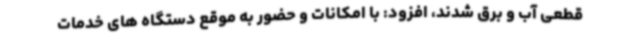
قطعی آب و برق شدند، افزود: با امکانات و حضور به موقع دستگاه های خدمات